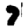
Digit: 7